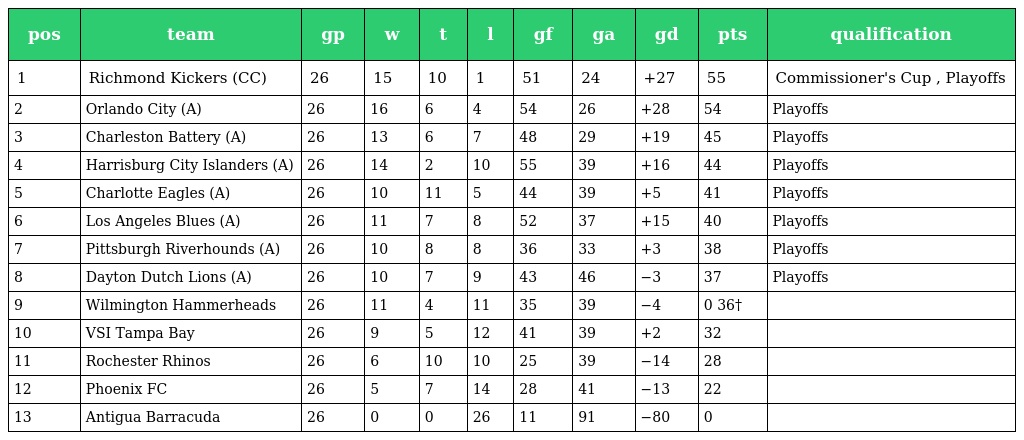
| pos | team | gp | w | t | l | gf | ga | gd | pts | qualification |
 | --- | --- | --- | --- | --- | --- | --- | --- | --- | --- | --- |
 | 1 | Richmond Kickers (CC) | 26 | 15 | 10 | 1 | 51 | 24 | +27 | 55 | Commissioner's Cup , Playoffs |
 | 2 | Orlando City (A) | 26 | 16 | 6 | 4 | 54 | 26 | +28 | 54 | Playoffs |
 | 3 | Charleston Battery (A) | 26 | 13 | 6 | 7 | 48 | 29 | +19 | 45 | Playoffs |
 | 4 | Harrisburg City Islanders (A) | 26 | 14 | 2 | 10 | 55 | 39 | +16 | 44 | Playoffs |
 | 5 | Charlotte Eagles (A) | 26 | 10 | 11 | 5 | 44 | 39 | +5 | 41 | Playoffs |
 | 6 | Los Angeles Blues (A) | 26 | 11 | 7 | 8 | 52 | 37 | +15 | 40 | Playoffs |
 | 7 | Pittsburgh Riverhounds (A) | 26 | 10 | 8 | 8 | 36 | 33 | +3 | 38 | Playoffs |
 | 8 | Dayton Dutch Lions (A) | 26 | 10 | 7 | 9 | 43 | 46 | −3 | 37 | Playoffs |
 | 9 | Wilmington Hammerheads | 26 | 11 | 4 | 11 | 35 | 39 | −4 | 0 36† |  |
 | 10 | VSI Tampa Bay | 26 | 9 | 5 | 12 | 41 | 39 | +2 | 32 |  |
 | 11 | Rochester Rhinos | 26 | 6 | 10 | 10 | 25 | 39 | −14 | 28 |  |
 | 12 | Phoenix FC | 26 | 5 | 7 | 14 | 28 | 41 | −13 | 22 |  |
 | 13 | Antigua Barracuda | 26 | 0 | 0 | 26 | 11 | 91 | −80 | 0 |  |